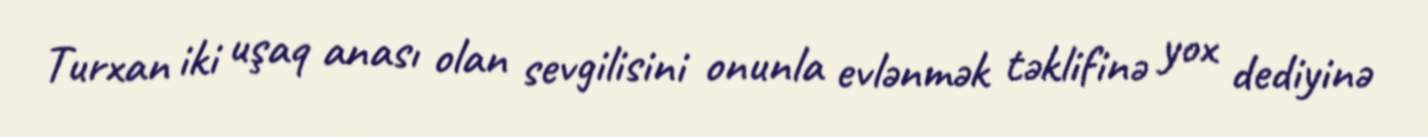
Turxan iki uşaq anası olan sevgilisini onunla evlənmək təklifinə yox dediyinə